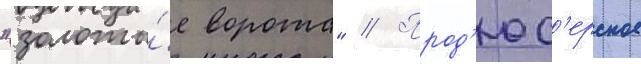
"золоты́е ворота" // Прод'юс'ерское